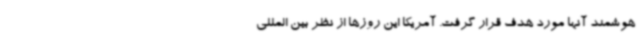
هوشمند آنها مورد هدف قرار گرفت. آمریکا این روزها از نظر بین المللی